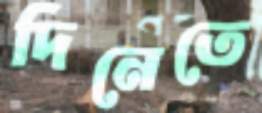
দিনেতে